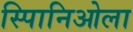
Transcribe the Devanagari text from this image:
स्पािनिओला